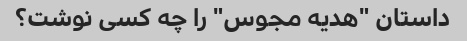
داستان "هدیه مجوس" را چه کسی نوشت؟